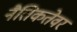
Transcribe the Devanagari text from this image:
नैतिकतेवर